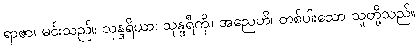
ရာဇာ၊ မင်းသည်။ သုန္ဒရိယာ၊ သုန္ဒရီကို။ အညေဟိ၊ တစ်ပါးသော သူတို့သည်။